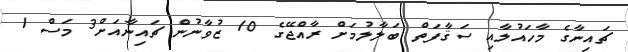
ޗައިނާގެ މާހައުލާއި ސަޤާފަތް ބަލާލުމަށް ރާއްޖޭގެ 10 ޒުވާނުން ޗައިނާއަށް3 މަސް 1